Report of veterinary surgeon J.H. Steel, A.V.D., on his investigation into an obscure and fatal disease among transport mules in British Burma
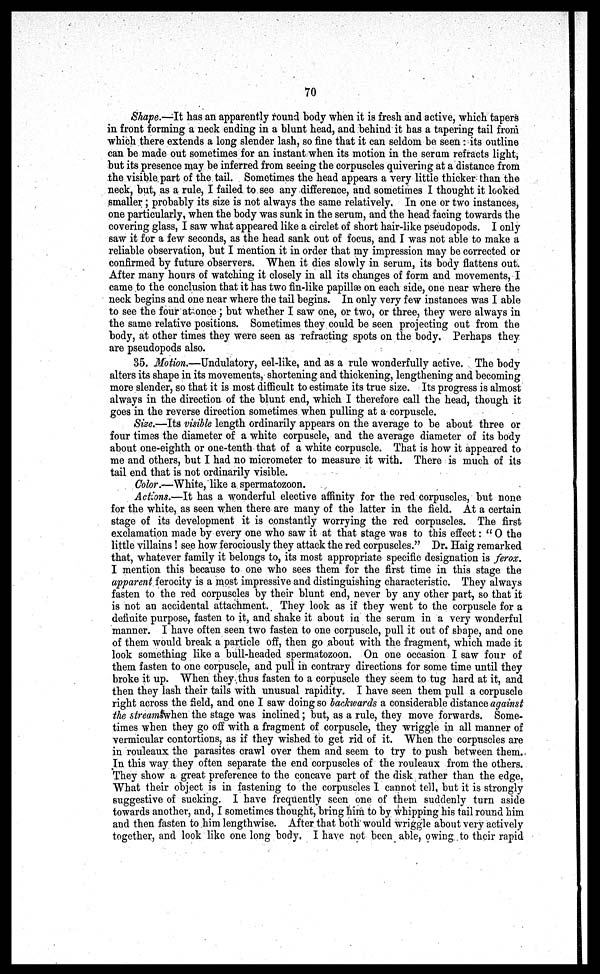
70
Shape.—It has an apparently round body when it is fresh and active, which tapers
in front forming a neck ending in a blunt head, and behind it has a tapering tail from
which there extends a long slender lash, so fine that it can seldom be seen: its outline
can be made out sometimes for an instant when its motion in the serum refracts light,
but its presence may be inferred from seeing the corpuscles quivering at a distance from
the visible part of the tail. Sometimes the head appears a very little thicker than the
neck, but, as a rule, I failed to see any difference, and sometimes I thought it looked
smaller; probably its size is not always the same relatively. In one or two instances,
one particularly, when the body was sunk in the serum, and the head facing towards the
covering glass, I saw what appeared like a circlet of short hair-like pseudopods. I only
saw it for a few seconds, as the head sank out of focus, and I was not able to make a
reliable observation, but I mention it in order that my impression may be corrected or
confirmed by future observers. When it dies slowly in serum, its body flattens out
After many hours of watching it closely in all its changes of form and movements, I
came to the conclusion that it has two fin-like papillae on each side, one near where the
neck begins and one near where the tail begins. In only very few instances was I able
to see the four at once ; but whether I saw one, or two, or three, they were always in
the same relative positions. Sometimes they could be seen projecting out from the
body, at other times they were seen as refracting spots on the body. Perhaps they
are pseudopods also.
35. Motion.—Undulatory, eel-like, and as a rule wonderfully active. The body
alters its shape in its movements, shortening and thickening, lengthening and becoming
more slender, so that it is most difficult to estimate its true size. Its progress is almost
always in the direction of the blunt end, which I therefore call the head, though it
goes in the reverse direction sometimes when pulling at a corpuscle.
Size.—Its visible length ordinarily appears on the average to be about three or
four times the diameter of a white corpuscle, and the average diameter of its body
about one-eighth or one-tenth that of a white corpuscle. That is how it appeared to
me and others, but I had no micrometer to measure it with. There is much of its
tail end that is not ordinarily visible.
Color.—White, like a spermatozoon.
Actions.—It has a wonderful elective affinity for the red corpuscles, but none
for the white, as seen when there are many of the latter in the field. At a certain
stage of its development it is constantly worrying the red corpuscles. The first
exclamation made by every one who saw it at that stage was to this effect: " 0 the
little villains! see how ferociously they attack the red corpuscles." Dr. Haig remarked
that, whatever family it belongs to, its most appropriate specific designation is ferox.
I mention this because to one who sees them for the first time in this stage the
apparent ferocity is a most impressive and distinguishing characteristic. They always
fasten to the red corpuscles by their blunt end, never by any other part, so that it
is not an accidental attachment. They look as if they went to the corpuscle for a
definite purpose, fasten to it, and shake it about in the serum in a very wonderful
manner. I have often seen two fasten to one corpuscle, pull it out of shape, and one
of them would break a particle off, then go about with the fragment, which made it
look something like a bull-headed spermatozoon. On one occasion I saw four of
them fasten to one corpuscle, and pull in contrary directions for some time until they
broke it up. When they thus fasten to a corpuscle they seem to tug hard at it, and
then they lash their tails with unusual rapidity. I have seen them pull a corpuscle
right across the field, and one I saw doing so backwards a considerable distance against
the stream when the stage was inclined; but, as a rule, they move forwards. Some-
times when they go off with a fragment of corpuscle, they wriggle in all manner of
vermicular contortions, as if they wished to get rid of it. When the corpuscles are
in rouleaux the parasites crawl over them and seem to try to push between them.
In this way they often separate the end corpuscles of the rouleaux from the others.
They show a great preference to the concave part of the disk rather than the edge.
What their object is in fastening to the corpuscles I cannot tell, but it is strongly
suggestive of sucking. I have frequently seen one of them suddenly turn aside
towards another, and, I sometimes thought, bring him to by whipping his tail round him
and then fasten to him lengthwise. After that both would wriggle about very actively
together, and look like one long body, I have not been able, owing to their rapid